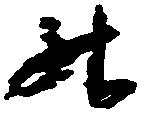
升